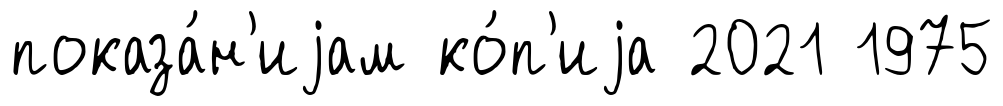
показа́н'иjам ко́п'иjа 2021 1975